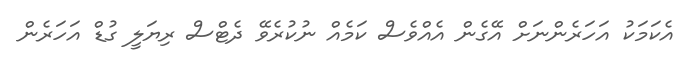
އެކަމަކު އަހަރެންނަށް އޭގެން އެއްވެސް ކަމެއް ނުކުރެވޭ ދެޓްސް ރިޔަލީ ގުޑް އަހަރެން